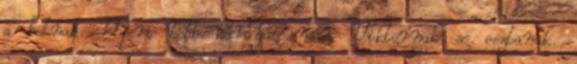
a botnak. Mert több kártyát már Viktornak se osztanak.